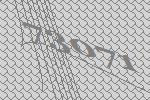
73071